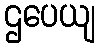
ဌပေယျ